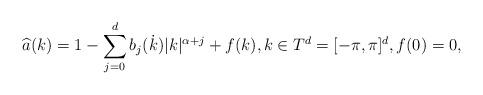
LaTeX: \begin{align*}\widehat{a}(k)= 1-\sum_{j=0}^{d} b_j(\dot{k})|k|^{\alpha+j}+f(k), k\in T^d=[-\pi,\pi]^d , f(0)=0,\end{align*}